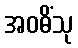
အဝဓိံသု